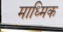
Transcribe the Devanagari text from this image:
माध्मिक